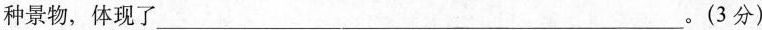
种景物，体现了___。(3分